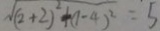
\sqrt { ( 2 + 2 ) ^ { 2 } + ( 1 - 4 ) ^ { 2 } } = 5